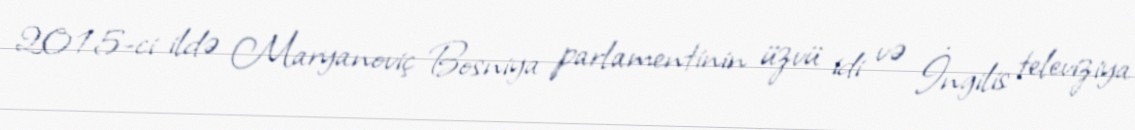
2015-ci ildə Maryanoviç Bosniya parlamentinin üzvü idi və İngilis televiziya